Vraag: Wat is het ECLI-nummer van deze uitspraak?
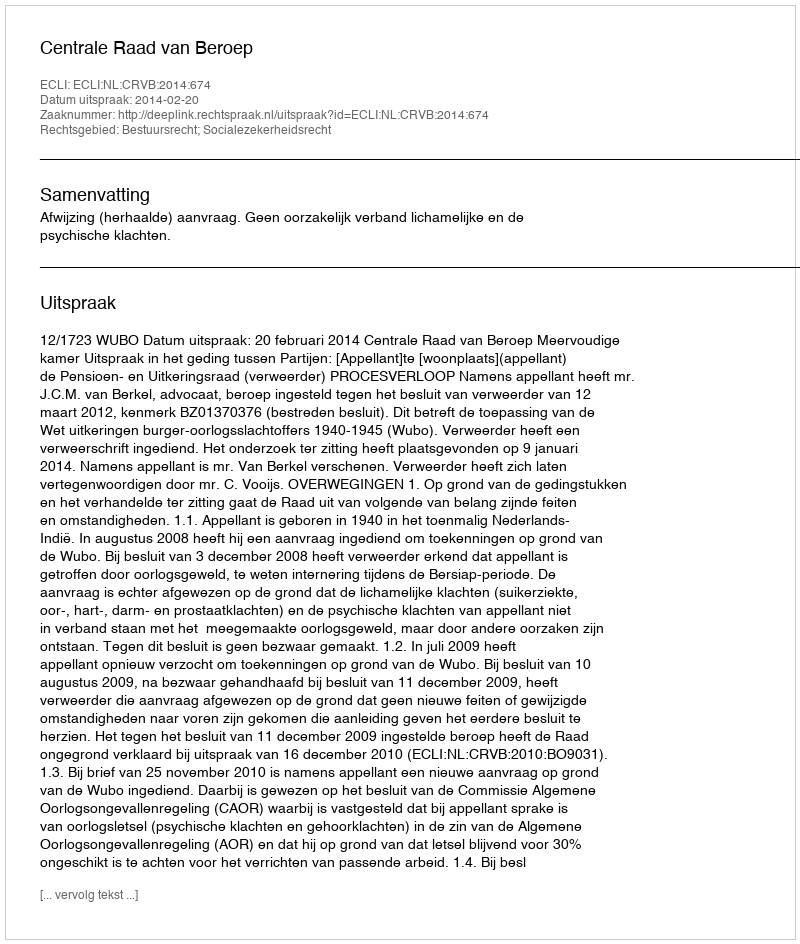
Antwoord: ECLI:NL:CRVB:2014:674